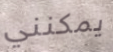
يمكنني